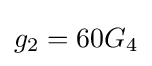
g_{2}=60G_{4}